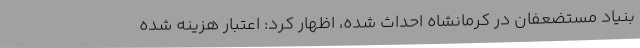
بنیاد مستضعفان در کرمانشاه احداث شده، اظهار کرد: اعتبار هزینه شده